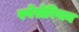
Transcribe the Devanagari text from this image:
स्पेंसेरियन